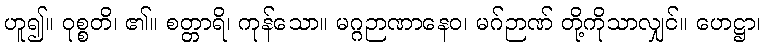
ဟူ၍။ ဝုစ္စတိ၊ ၏။ စတ္တာရိ၊ ကုန်သော။ မဂ္ဂဉာဏာနေဝ၊ မဂ်ဉာဏ် တို့ကိုသာလျှင်။ ဟေဋ္ဌာ၊